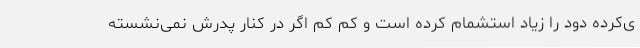
ی‌کرده دود را زیاد استشمام کرده است و کم کم اگر در کنار پدرش نمی‌نشسته